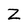
Character: Z